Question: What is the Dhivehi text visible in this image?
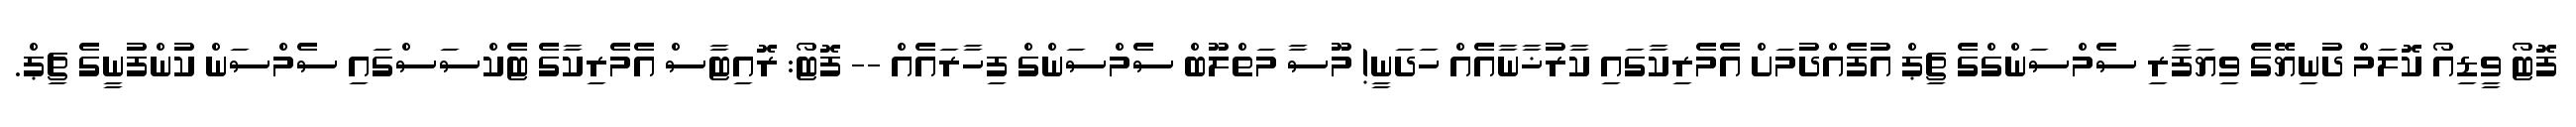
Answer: ފޮޓޯ ވީޑިއޯ ކޮލަމް ދުނިޔޭގެ ވިޔަފާރި ސެމްސަންގްގެ ޗިޕް އުފެއްދުމަށް އެމެރިކާގައި ކާރުޚާނާއެއް ހަދަނީ! މޫސާ މަތްލޫބް ސެމްސަންގް ފިހާރައެއް -- ފޮޓޯ: ރޮއިޓާސް އެމެރިކާގެ ޓެކްސަސްގައި ސެމްސަން ކުންފުނީގެ ޗިޕް.